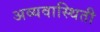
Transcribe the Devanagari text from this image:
अव्यवास्थिती